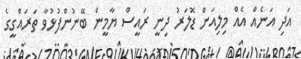
އަދި އަނެއް އެއް މިލިއަން ޑޮލަރު ދިނީ ރައީސް ޔާމީން ބޭނުންފުޅުވާ ތަރައްގީގެ